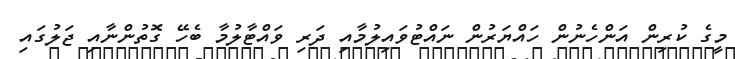
މީގެ ކުރިން އަންހެނުން ހައްޔަރުން ނައްޓުވައިލުމާއި ދަރި ވައްޓާލުމާ ބެހޭ ގޮތުންނާއި ޖަލުގައި